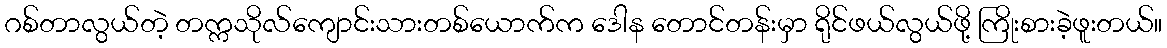
ဂစ်တာလွယ်တဲ့ တက္ကသိုလ်ကျောင်းသားတစ်ယောက်က ဒေါန တောင်တန်းမှာ ရိုင်ဖယ်လွယ်ဖို့ ကြိုးစားခဲ့ဖူးတယ်။